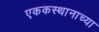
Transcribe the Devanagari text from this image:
एककस्थानाच्या